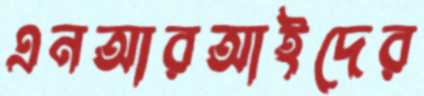
এনআরআইদের